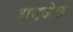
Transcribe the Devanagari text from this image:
रायजेल